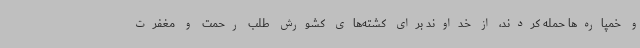
و خمپاره‌ها حمله کردند، از خداوند برای کشته‌های کشورش طلب رحمت و مغفرت